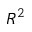
R ^ { 2 }